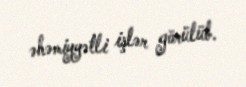
əhəmiyyətli işlər görülüb.